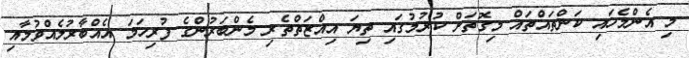
މި އެންމެހައި ކަންތައްތައް މިގޮތަށް ކުރުމުގައި ތިޔަ އިއްޒަތްތެރި މެންބަރުންގެ ފުރިހަމަ އެއްބާރުލެއްވުމާއި